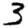
Digit: 3